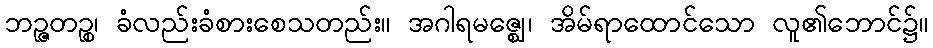
ဘဉ္ဇတဉ္စ၊ ခံလည်းခံစားစေသတည်း။ အဂါရမဇ္ဈေ၊ အိမ်ရာထောင်သော လူ၏ဘောင်၌။